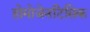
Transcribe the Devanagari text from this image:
होमोजेनटिसिक